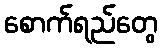
စောက်ရည်တွေ